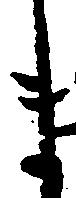
ま